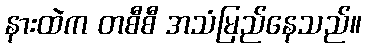
နားထဲက တစီစီ အသံမြည်နေသည်။